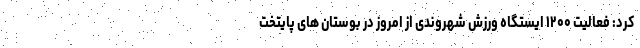
کرد: فعالیت ۱۲۰۰ ایستگاه ورزش شهروندی از امروز در بوستان های پایتخت